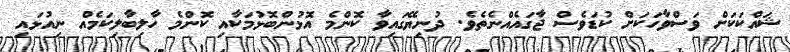
ޝައްކަކަށް ވަސްވާހަކަށް ކުޑަވެސް ޖާގައެއްނެތެވެ. ދުނިޔޭގައިވާ ކޮންމެ އޮޅުންބޮޅުމަކާއި ކޮންމެ ހާލިބާލިކަމެއް ނިއުޅައި